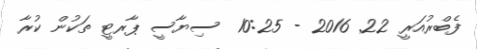
ފެބްރުއަރީ 22